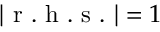
| \mathrm { ~ r ~ . ~ h ~ . ~ s ~ . ~ } | = 1